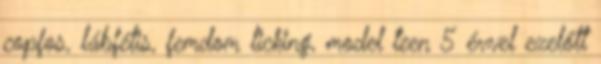
copfos, lábfétis, femdom licking, model teen 5 évvel ezelőtt